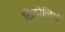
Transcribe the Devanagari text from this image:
ठिठोलियों